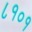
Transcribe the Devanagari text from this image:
८१०१